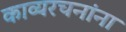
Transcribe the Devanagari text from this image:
काव्यरचनांना